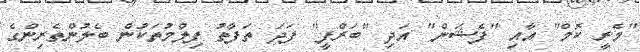
"މެރީ ކޮމް" އާއި "ފެޝަން" އަދި "ބަރްފީ" ފަދަ ތަފާތު ފިލްމުތަކުން ބެލުންތެރިންގެ